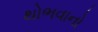
થોભવાનો